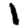
Digit: 1